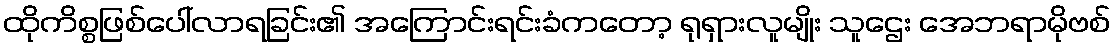
ထိုကိစ္စဖြစ်ပေါ်လာရခြင်း၏ အကြောင်းရင်းခံကတော့ ရုရှားလူမျိုး သူဌေး အေဘရာမိုဗစ်